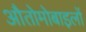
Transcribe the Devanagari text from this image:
औतोमोबाइलों